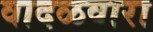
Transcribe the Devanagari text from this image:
वादळवारा